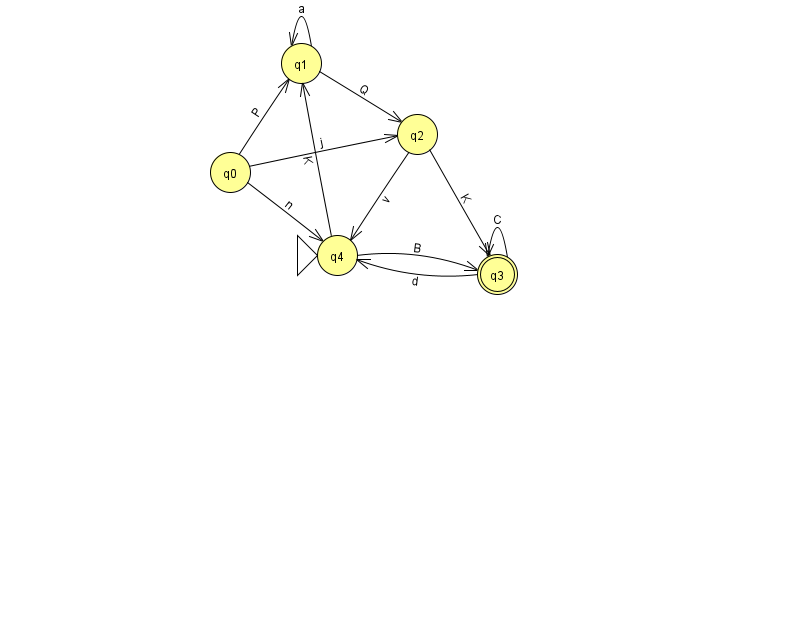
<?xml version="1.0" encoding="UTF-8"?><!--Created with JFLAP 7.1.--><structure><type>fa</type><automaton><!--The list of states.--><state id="0" name="q0"><x>230.0</x><y>159.0</y></state><state id="1" name="q1"><x>301.0</x><y>50.0</y></state><state id="2" name="q2"><x>417.0</x><y>121.0</y></state><state id="3" name="q3"><x>497.0</x><y>261.0</y><final/></state><state id="4" name="q4"><x>337.0</x><y>242.0</y><initial/></state><!--The list of transitions.--><transition><from>0</from><to>4</to><read>n</read></transition><transition><from>0</from><to>1</to><read>P</read></transition><transition><from>1</from><to>1</to><read>a</read></transition><transition><from>2</from><to>3</to><read>K</read></transition><transition><from>3</from><to>3</to><read>C</read></transition><transition><from>2</from><to>4</to><read>v</read></transition><transition><from>4</from><to>1</to><read>K</read></transition><transition><from>0</from><to>2</to><read>j</read></transition><transition><from>4</from><to>3</to><read>B</read></transition><transition><from>1</from><to>2</to><read>Q</read></transition><transition><from>3</from><to>4</to><read>d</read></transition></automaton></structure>